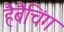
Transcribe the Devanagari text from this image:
हैबैचिंग